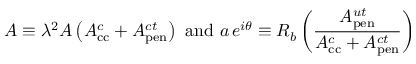
{ \cal A } \equiv \lambda ^ { 2 } A \left( A _ { \mathrm { c c } } ^ { c } + A _ { \mathrm { p e n } } ^ { c t } \right) ~ \mathrm { a n d } ~ a \, e ^ { i \theta } \equiv R _ { b } \left( \frac { A _ { \mathrm { p e n } } ^ { u t } } { A _ { \mathrm { c c } } ^ { c } + A _ { \mathrm { p e n } } ^ { c t } } \right)